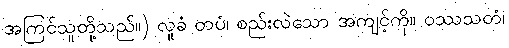
အကြင်သူတို့သည်။) လူခံ တပံ၊ စည်းလဲသော အကျင့်ကို။ ဝဿသတံ၊